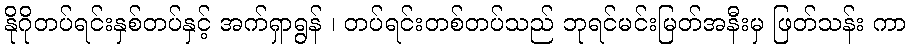
နိုဂိုတပ်ရင်းနှစ်တပ်နှင့် အက်ရှာရွန် ၊ တပ်ရင်းတစ်တပ်သည် ဘုရင်မင်းမြတ်အနီးမှ ဖြတ်သန်း ကာ